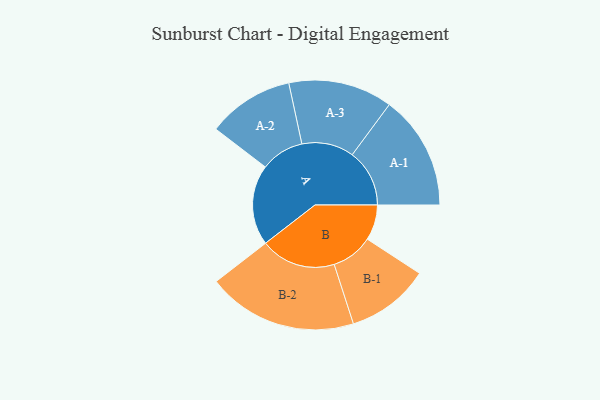
{"axis": {"x": "Segment", "y": "Value"}, "legend": ["", "A", "B"], "data": [{"x": "A", "y": 247, "type": ""}, {"x": "B", "y": 109, "type": ""}, {"x": "A-1", "y": 176, "type": "A"}, {"x": "A-2", "y": 133, "type": "A"}, {"x": "A-3", "y": 160, "type": "A"}, {"x": "B-1", "y": 128, "type": "B"}, {"x": "B-2", "y": 231, "type": "B"}]}